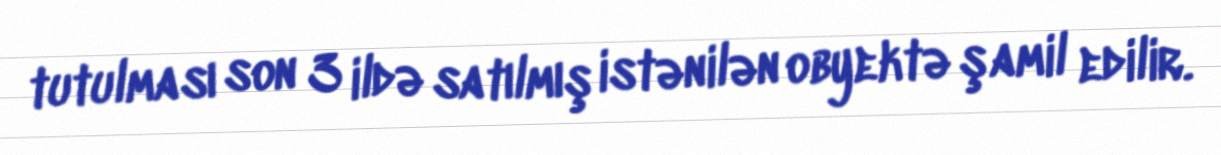
tutulması son 3 ildə satılmış istənilən obyektə şamil edilir.